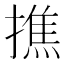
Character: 撨